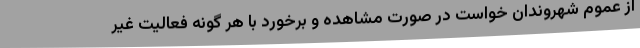
از عموم شهروندان خواست در صورت مشاهده و برخورد با هر گونه فعالیت غیر